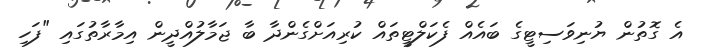
އެ ގޮތުން ޔުނިވަސިޓީގެ ބައެއް ފެކަލްޓީތައް ކުރިއަށްގެންދާ ބާ ޖަމާލުއްދީން އިމާރާތުގައި "ފަހި